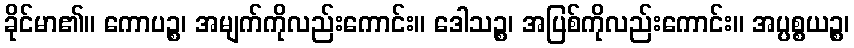
ခိုင်မာ၏။ ကောပဉ္စ၊ အမျက်ကိုလည်းကောင်း။ ဒေါသဉ္စ၊ အပြစ်ကိုလည်းကောင်း။ အပ္ပစ္စယဉ္စ၊